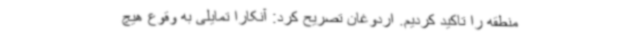
منطقه را تاکید کردیم. اردوغان تصریح کرد: آنکارا تمایلی به وقوع هیچ